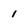
Character: 1